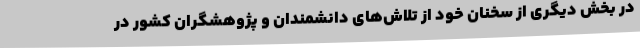
در بخش دیگری از سخنان خود از تلاش‌های دانشمندان و پژوهشگران کشور در